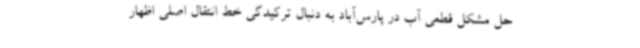
حل مشکل قطعی آب در پارس‌آباد به دنبال ترکیدگی خط انتقال اصلی اظهار